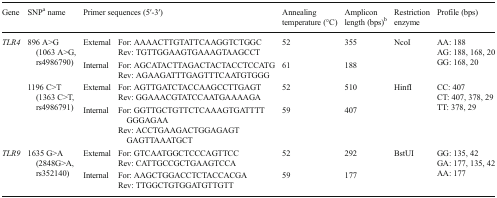
<table><thead><tr><td><b>Gene</b></td><td><b>SNP<sup>a</sup> name</b></td><td colspan="2"><b>Primer sequences (5′-3′)</b></td><td><b>Annealing temperature (°C)</b></td><td><b>Amplicon length (bps)<sup>b</sup></b></td><td><b>Restriction enzyme</b></td><td><b>Profile (bps)</b></td></tr></thead><tbody><tr><td rowspan="8"><i>TLR4</i></td><td rowspan="4">896 A&gt;G (1063 A&gt;G, rs4986790)</td><td rowspan="2">External</td><td>For: AAAACTTGTATTCAAGGTCTGGC</td><td rowspan="2">52</td><td rowspan="2">355</td><td rowspan="4">NcoI</td><td rowspan="4">AA: 188AG: 188, 168, 20GG: 168, 20</td></tr><tr><td>Rev: TGTTGGAAGTGAAAGTAAGCCT</td></tr><tr><td rowspan="2">Internal</td><td>For: AGCATACTTAGACTACTACCTCCATG</td><td rowspan="2">61</td><td rowspan="2">188</td></tr><tr><td>Rev: AGAAGATTTGAGTTTCAATGTGGG</td></tr><tr><td rowspan="4">1196 C&gt;T (1363 C&gt;T, rs4986791)</td><td rowspan="2">External</td><td>For: AGTTGATCTACCAAGCCTTGAGT</td><td rowspan="2">52</td><td rowspan="2">510</td><td rowspan="4">HinfI</td><td rowspan="4">CC: 407CT: 407, 378, 29TT: 378, 29</td></tr><tr><td>Rev: GGAAACGTATCCAATGAAAAGA</td></tr><tr><td rowspan="2">Internal</td><td>For: GGTTGCTGTTCTCAAAGTGATTTTGGGAGAA</td><td rowspan="2">59</td><td rowspan="2">407</td></tr><tr><td>Rev: ACCTGAAGACTGGAGAGTGAGTTAAATGCT</td></tr><tr><td rowspan="4"><i>TLR9</i></td><td rowspan="4">1635 G&gt;A (2848G&gt;A, rs352140)</td><td rowspan="2">External</td><td>For: GTCAATGGCTCCCAGTTCC</td><td rowspan="2">52</td><td rowspan="2">292</td><td rowspan="4">BstUI</td><td rowspan="4">GG: 135, 42GA: 177, 135, 42AA: 177</td></tr><tr><td>Rev: CATTGCCGCTGAAGTCCA</td></tr><tr><td rowspan="2">Internal</td><td>For: AAGCTGGACCTCTACCACGA</td><td rowspan="2">59</td><td rowspan="2">177</td></tr><tr><td>Rev: TTGGCTGTGGATGTTGTT</td></tr></tbody></table>